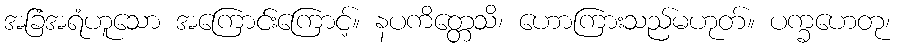
အခြံအရံဟူသော အကြောင်းကြောင့်။ နပကိတ္တေသိ၊ ဟောကြားသည်မဟုတ်။ ပက္ခဟေတု၊